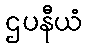
ဌပနီယံ